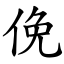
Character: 俛